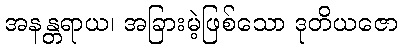
အနန္တရာယ၊ အခြားမဲ့ဖြစ်သော ဒုတိယဇော